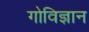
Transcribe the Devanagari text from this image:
गोविज्ञान